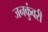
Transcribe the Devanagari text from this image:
जनकुंवरी